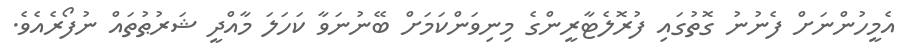
އެމީހުންނަށް ފެނުނު ގޮތުގައި ފުރޮލެޓާރީންގެ މިނިވަންކަމަށް ބޭނުނަވާ ކަހަލަ މާއްދީ ޝަރުޠުތައް ނުފޯރެއެވެ.